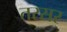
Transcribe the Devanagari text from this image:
तरसर